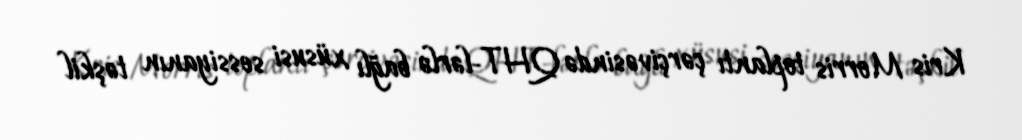
Kris Morris toplantı çərçivəsində QHT-lərlə bağlı xüsusi sessiyanın təşkil